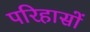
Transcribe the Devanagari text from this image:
परिहासों